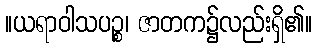
။ယရာဝါသပဉ္စ၊ ဇာတက၌လည်းရှိ၏။